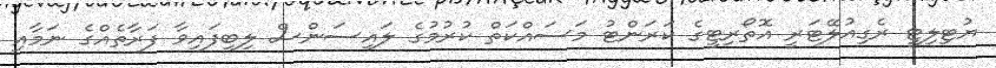
ޔުޓިލިޓީ ރެގިއުލޭޓަރީ އޮތޯރިޓީގެ ކަރަންޓު މަސައްކަތް ކުރުމުގެ ލައިސަންސް ލިބިފައިވާ ފަރާތެއްގެ ނަމާއި